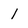
Character: 1